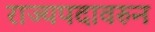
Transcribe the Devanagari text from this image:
राज्यपदावरुन